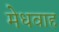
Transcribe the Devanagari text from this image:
मेधवाह